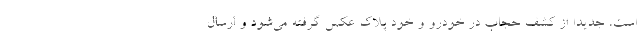
است، جدیدا از کشف حجاب در خودرو و خود پلاک عکس گرفته می‌شود و ارسال